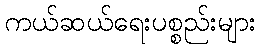
ကယ်ဆယ်ရေးပစ္စည်းများ